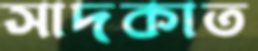
সাদকাত